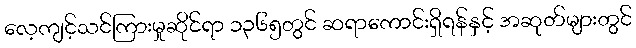
လေ့ကျင့်သင်ကြားမှုဆိုင်ရာ ၁၃၆၅တွင် ဆရာကောင်းရှိရန်နှင့် အဆုတ်များတွင်